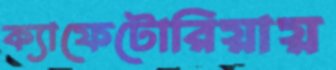
ক্যাফেটোরিয়ায়